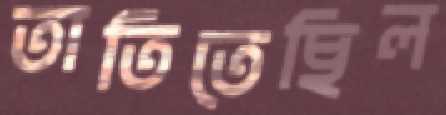
তাতিতেছিল